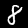
Digit: 8